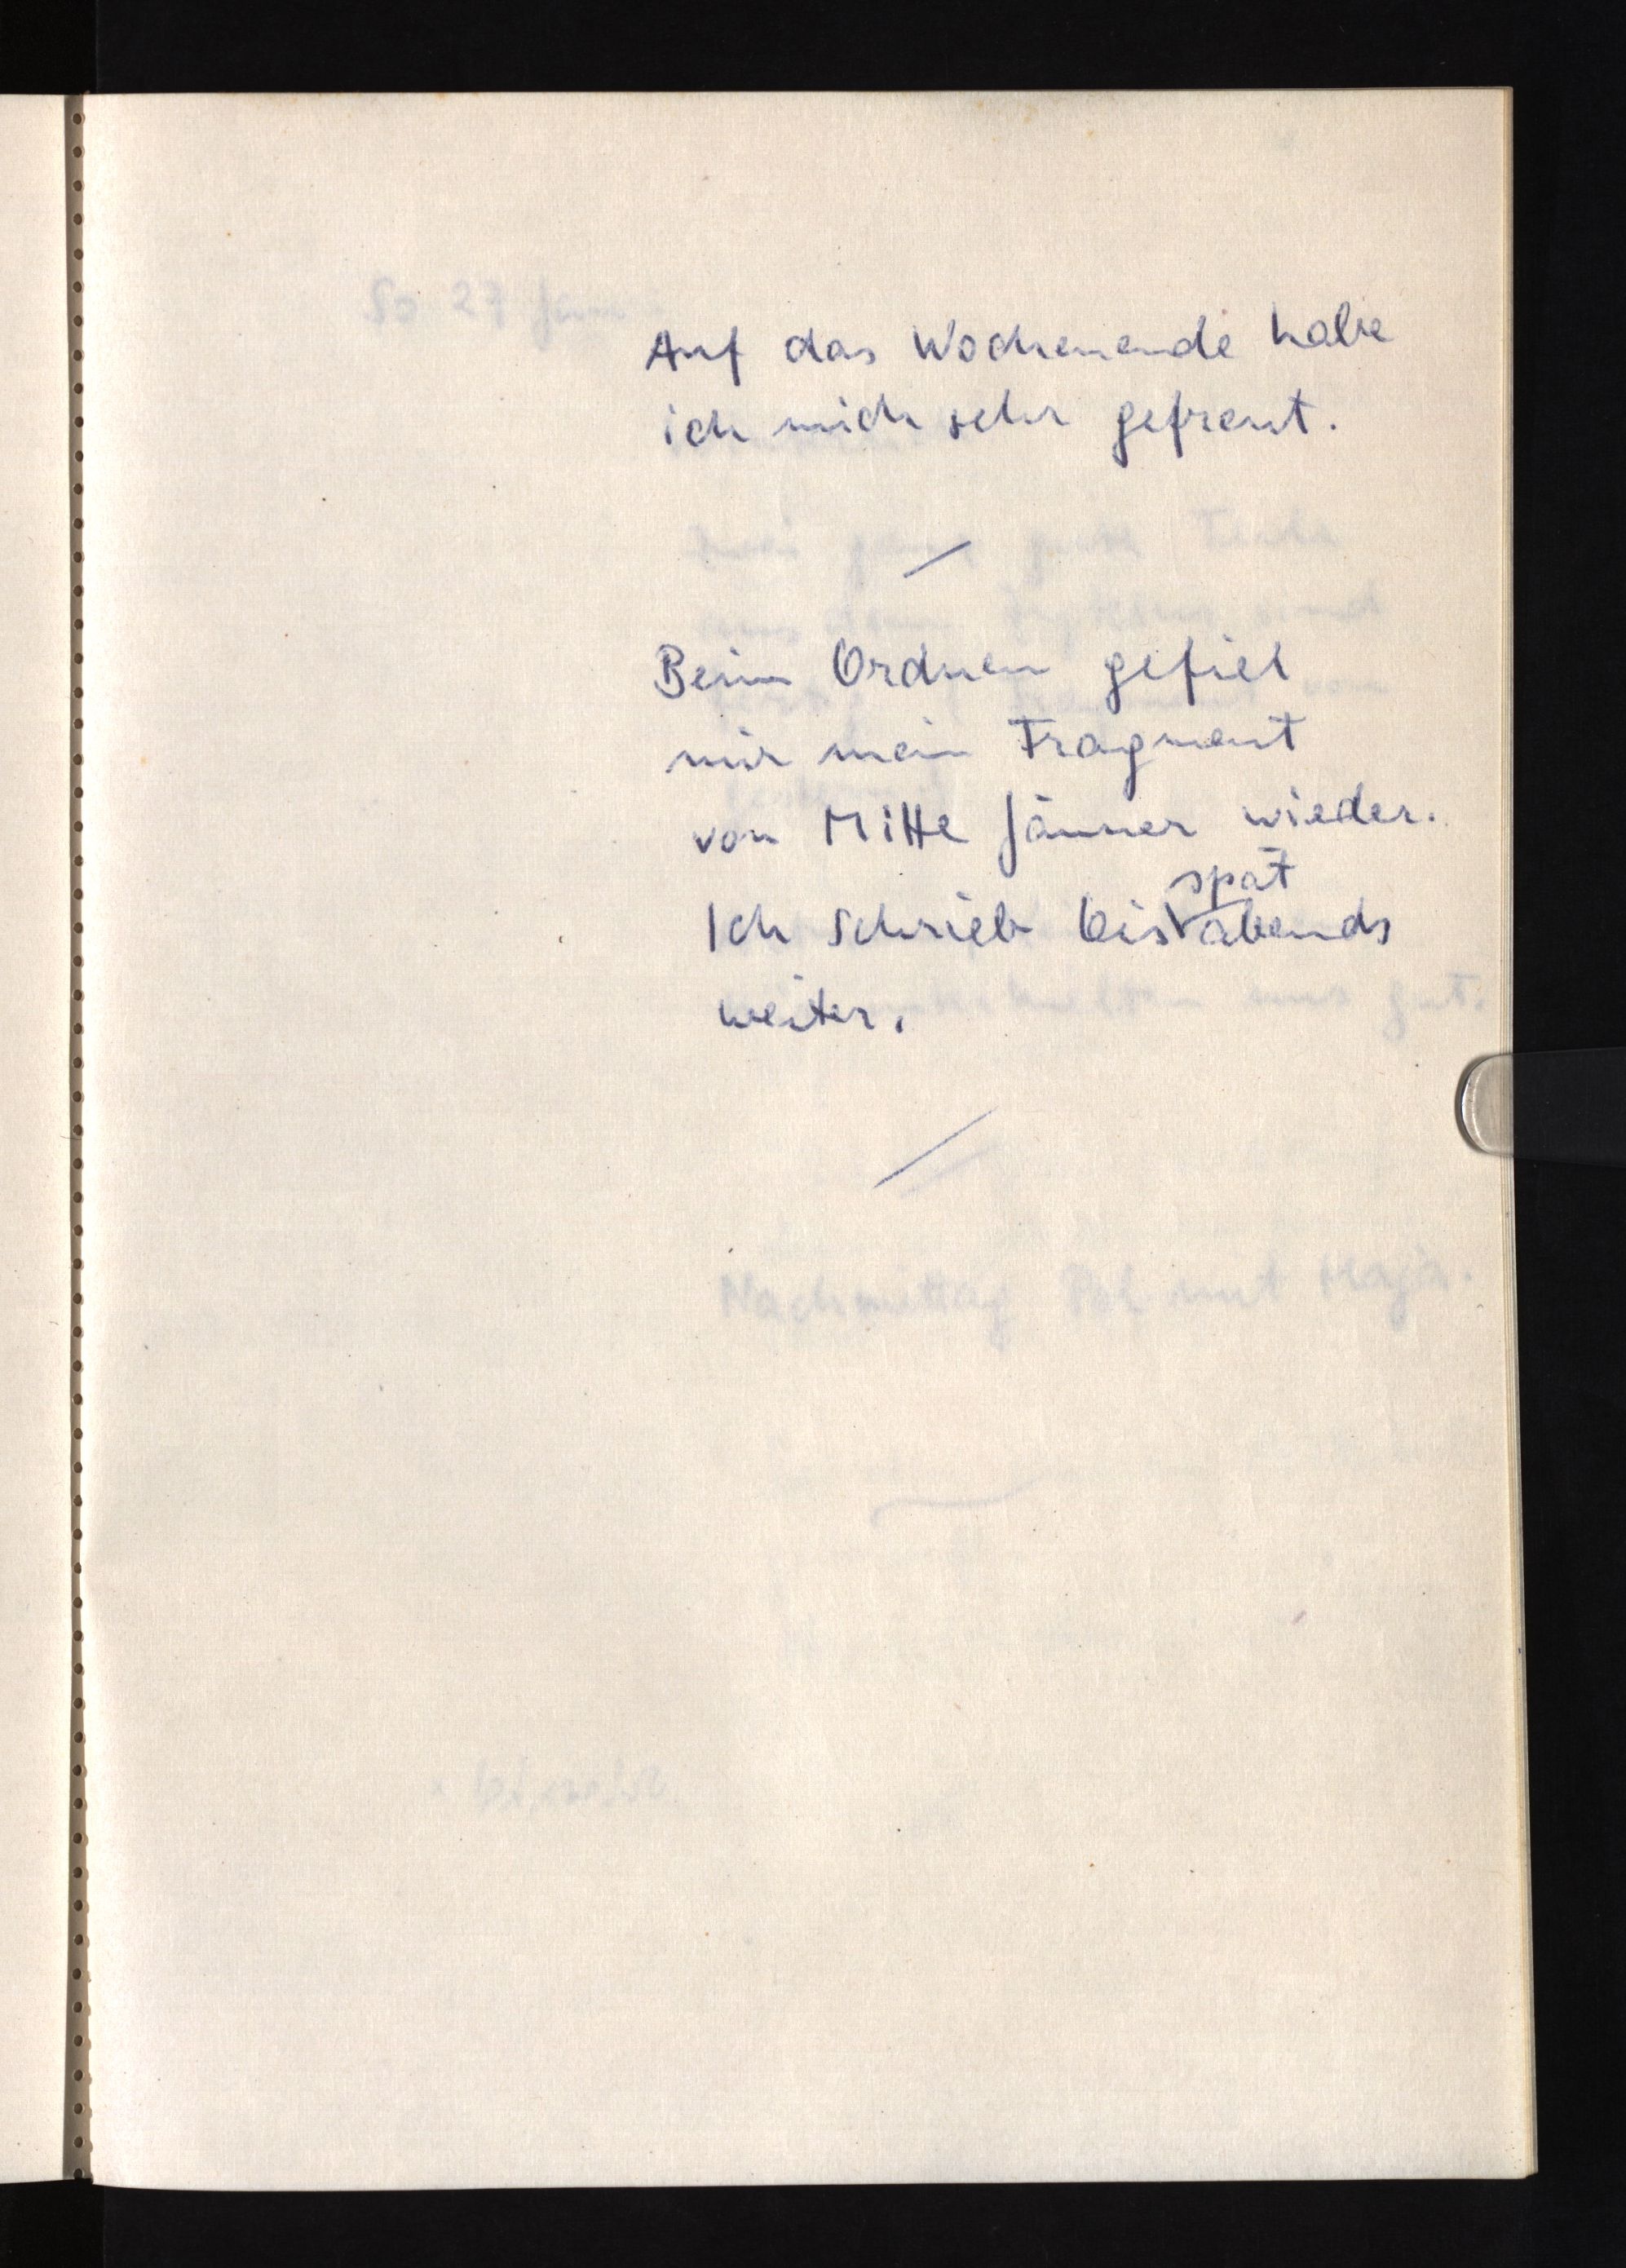
Auf das Wochenende habe
ich mich sehr gefreut.
Beim Ordnen gefiel
mir mein Fragment
von Mitte Jänner wieder.
spät
Ich schrieb bis abends
weiter.